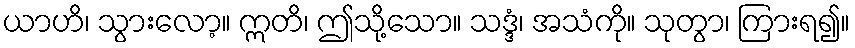
ယာဟိ၊ သွားလော့။ ဣတိ၊ ဤသို့သော။ သဒ္ဒံ၊ အသံကို။ သုတွာ၊ ကြားရ၍။